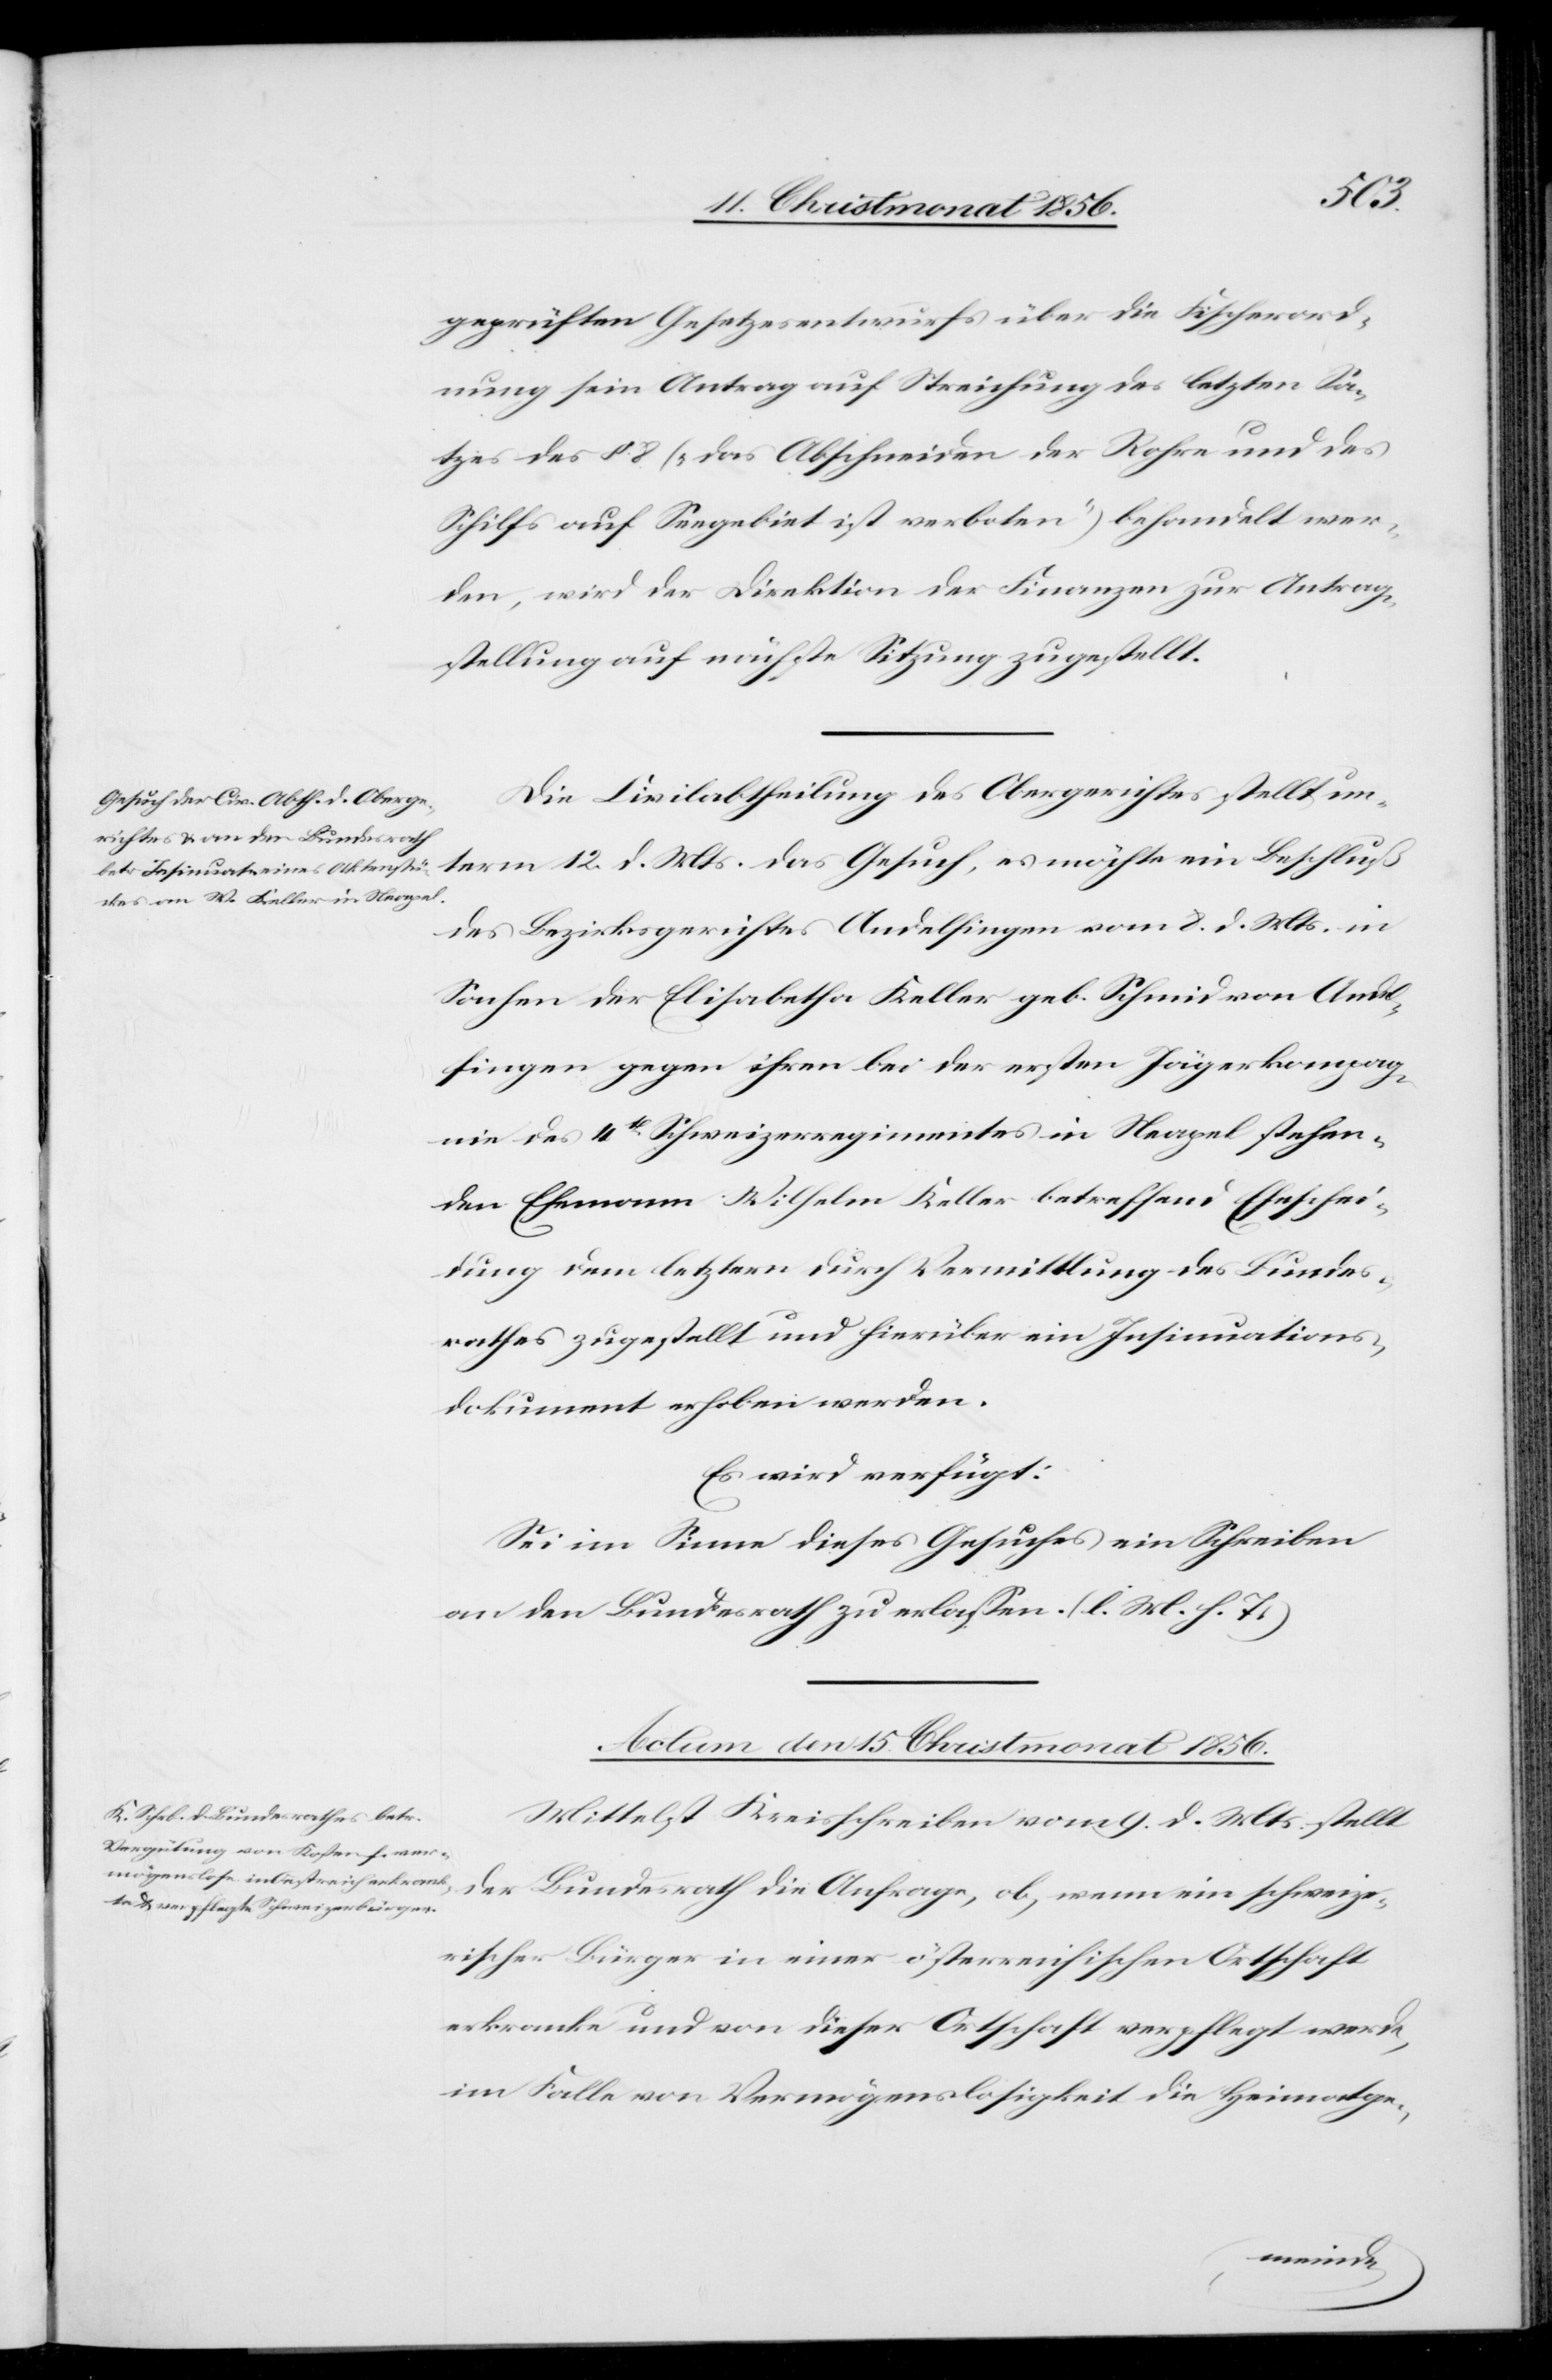
geprüften Gesetzesentwurfs über die Fischerord¬
nung sein Antrag auf Streichung des letzten Sa¬
tzes des § 8 („das Abschneiden der Rohre und des
Schilfs auf Seegebiet ist verboten“) behandelt wer¬
den, wird der Direktion der Finanzen zur Antrag¬
stellung auf nächste Sitzung zugestellt.
Die Civilabtheilung des Obergerichtes stellt un¬
term 12. d. Mts. das Gesuch, es möchte ein Beschluß
des Bezirksgerichtes Andelfingen vom 8. d. Mts. in
Sachen der Elisabetha Keller geb. Schmid von Andel¬
fingen gegen ihren bei der ersten Jägerkompag¬
nie des 4t Schweizerregimentes in Neapel stehen¬
den Ehemann Wilhelm Keller betreffend Eheschei¬
dung dem letztern durch Vermittlung des Bundes¬
rathes zugestellt und hierüber ein Insinuations¬
dokument erhoben werden.
Es wird verfügt:
Sei im Sinne dieses Gesuches ein Schreiben
an den Bundesrath erlassen. (l. M. h. T.)
Actum den 15. Christmonat 1856.
Mittelst Kreisschreiben vom 9. d. Mts. stellt
der Bundesrath die Anfrage, ob, wenn ein schweize¬
rischer Bürger in einer österreichischen Ortschaft
erkranke und von dieser Ortschaft verpflegt werde,
im Falle von Vermögenslosigkeit die Heimatge-